system: You are a helpful assistant.
user:
Analyze the provided spectrum to determine if it is a **White Dwarf (WD)**.

A White Dwarf spectrum is defined by its **extreme purity** (due to gravitational settling) and/or **extreme pressure broadening** (due to high surface gravity). You must check for one of the following mutually exclusive signatures:

- **Key Visual Indicators (Check for ONE of these types):**

    - **1. DA-Type Signature (Most Common):**
        - **(Primary Feature):** Extreme pressure broadening (Stark broadening) of the **Hydrogen (H) Balmer lines**.
        - **(Key Lines):** $H\beta$ (approx. $4861$ Å) and $H\gamma$ (approx. $4340$ Å). $H\alpha$ (approx. $6563$ Å) will also be present if the wavelength range covers it.
        - **(Line Profile):** This is the **defining feature**. The lines are **NOT** sharp. They appear as massive, **extremely broad and deep "troughs" or "dips"** in the spectrum, often hundreds of Ångströms wide. The continuum will appear to "scoop" down at these wavelengths.
        - **(Distinction):** Normal A-type or B-type stars have *narrow* and *sharp* Hydrogen lines. A DA White Dwarf's lines are unmistakably "smeared" or "blurry" from pressure.

    - **2. DB-Type Signature:**
        - **(Primary Feature):** Broad absorption lines from **Neutral Helium (He I)**. The spectrum must lack any visible Hydrogen lines.
        - **(Key Lines):** Look for broad absorption near $4471$ Å, $4921$ Å, and $5876$ Å.
        - **(Line Profile):** These lines are also significantly pressure-broadened, appearing much wider than they would in a normal B-type main-sequence star.

    - **3. DC-Type Signature:**
        - **(Primary Feature):** A **featureless continuous spectrum**.
        - **(Line Profile):** The spectrum is a smooth curve with **no significant absorption or emission lines**.
        - **(Key Confirmation):** The continuum is almost always **blue or white**, indicating a hot object. This signature implies the atmosphere is so pure (or so cool) that no spectral lines are visible in the optical range. Its WD identity is confirmed by its extremely low intrinsic brightness (high absolute magnitude).

    - **4. DZ-Type Signature (Metal-Polluted):**
        - **(Primary Feature):** **Isolated, narrow metal absorption lines** on an otherwise featureless (DC-like) continuum.
        - **(Key Lines):** The **Calcium (Ca II) H & K doublet** (approx. **$3934$ Å** and **$3968$ Å**) is the most common and defining feature.
        - **(Line Profile):** These lines are "out of place." They are *not* part of a "forest" of thousands of lines. This signature is evidence of recent *accretion* (pollution) from rocky debris.
        - **(Distinction):** Normal G/K/M stars have a *dense forest* of thousands of metal lines. A DZ has a *clean* continuum with *only a few* strong metal lines.

    - **5. DQ-Type Signature (Carbon-Polluted):**
        - **(Primary Feature):** Absorption bands from **Carbon (C₂ "Swan Bands" or atomic C I)**.
        - **(Key Lines - C₂):** Look for bandheads with a "saw-tooth" shape near $5635$ Å, **$5165$ Å** (strongest), and $4737$ Å.
        - **(Key Confirmation):** The underlying **continuum must be blue or white** (hot).
        - **(Distinction):** This is the critical difference from a **Carbon Star**, which has the *exact same* C₂ bands but on an extremely **red, cool** continuum.

- **(Overall Spectrum):**
    - The continuum (overall shape) is typically **blue-sloping** (brighter in the blue than the red), as most white dwarfs are very hot.
    - The spectrum will look "pure" or "simple," dominated by only *one* of the five signatures listed above.

Think first, call **spectral_visualization_tool** if needed to examine features in detail, then provide your final answer. Your response must adhere to the following strict rules:
1.  **Overall Structure:** Your response must follow the format `<think>...</think> <tool_call>...</tool_call> (if a tool is used) <answer>...</answer>`.
2.  **Tool Usage Constraint:** You may only make **one** tool call per turn.
3.  **Final Answer Format:** In the `<answer>` tag, your conclusion must be inside a `\boxed{}` command (e.g., `\boxed{YES}` or `\boxed{NO}`), followed by your justification.

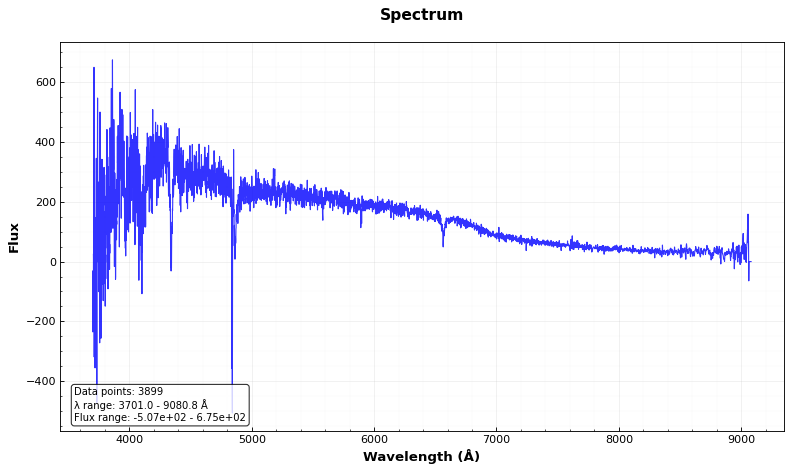
Answer: NO